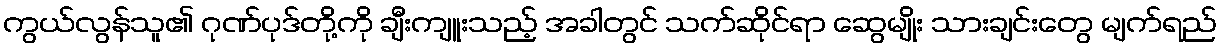
ကွယ်လွန်သူ၏ ဂုဏ်ပုဒ်တို့ကို ချီးကျူးသည့် အခါတွင် သက်ဆိုင်ရာ ဆွေမျိုး သားချင်းတွေ မျက်ရည်